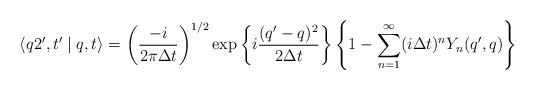
\begin{align*} \langle q2',t'\mid q,t \rangle = \left( \frac{-i}{2\pi\Delta t} \right)^{1/2} \exp \left\{i \frac{(q'-q)^2}{2\Delta t} \right\} \left\{1- \sum_{n=1}^{\infty}(i \Delta t)^n Y_n(q',q) \right\}\end{align*}